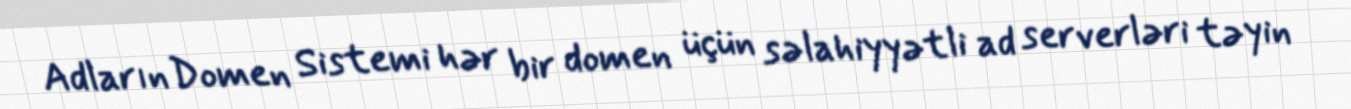
Adların Domen Sistemi hər bir domen üçün səlahiyyətli ad serverləri təyin